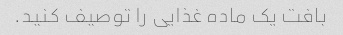
بافت یک ماده غذایی را توصیف کنید.